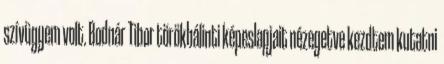
szívügyem volt. Bodnár Tibor törökbálinti képeslapjait nézegetve kezdtem kutatni